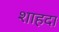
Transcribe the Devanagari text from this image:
शाहदा